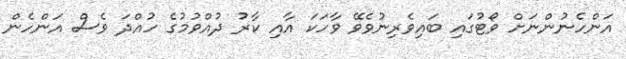
އަންހެނުންނަށް ވޯޓުގައި ބައިވެރިނުވެވޭ ވާހަކަ އާއި ކާރު ދުއްވުމުގެ ހުއްދަ ވެސް އަންހެން